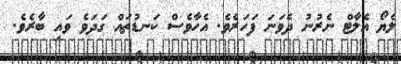
ލެޔޯ އެލާޓް ނެރުނު ދެވަނަ ފަހަރެވެ. އެހާވެސް ކަނޑުތައް ގަދަވެ ވައި ބާރެވެ.